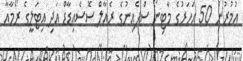
އުމުރުން 50 އަހަރުގެ މާޓިނޯ ސްޕެއިނުގެ ރެއާލް ސޮސެއިޑާޑް އަދި އިޓަލީގެ ރޯމާއާ